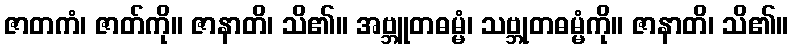
ဇာတကံ၊ ဇာတ်ကို။ ဇာနာတိ၊ သိ၏။ အဗ္ဘူတဓမ္မံ၊ သဗ္ဘုတဓမ္မံကို။ ဇာနာတိ၊ သိ၏။